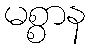
မစ္စာန